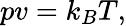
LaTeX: pv=k_{B}T,